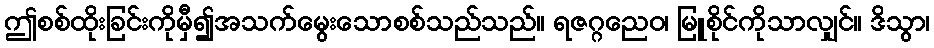
ဤစစ်ထိုးခြင်းကိုမှီ၍အသက်မွေးသောစစ်သည်သည်။ ရဇဂ္ဂညေဝ၊ မြူစိုင်ကိုသာလျှင်။ ဒိသွာ၊